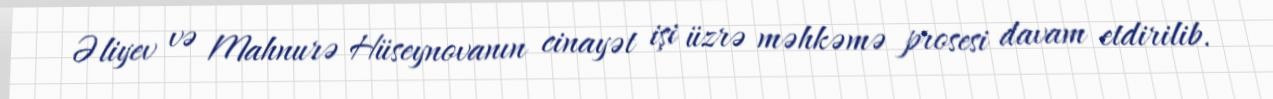
Əliyev və Mahnurə Hüseynovanın cinayət işi üzrə məhkəmə prosesi davam etdirilib.